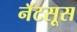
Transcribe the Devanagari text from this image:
नॅटसूस